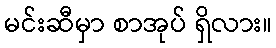
မင်းဆီမှာ စာအုပ် ရှိလား။